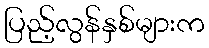
ပြည့်လွန်နှစ်များက